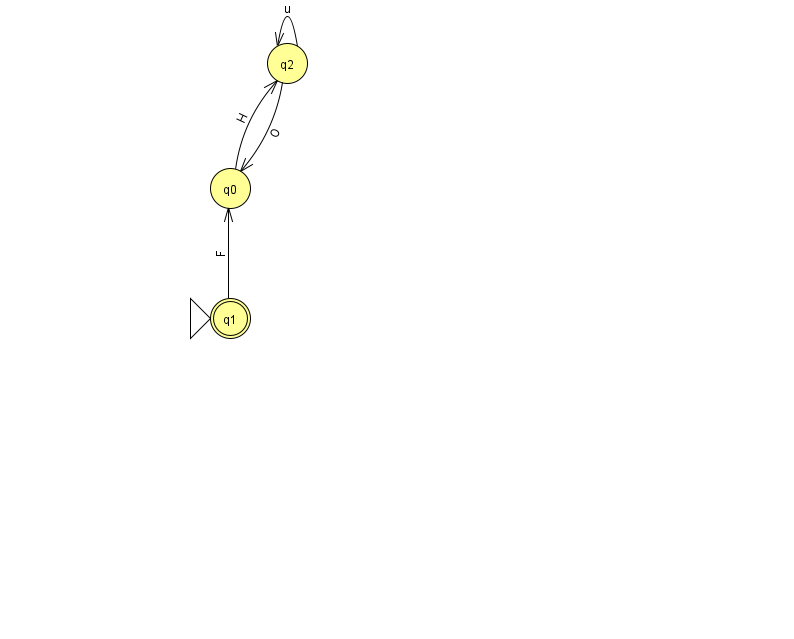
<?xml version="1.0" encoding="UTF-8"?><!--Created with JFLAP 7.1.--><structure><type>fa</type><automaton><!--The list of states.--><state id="0" name="q0"><x>230.0</x><y>175.0</y></state><state id="1" name="q1"><x>230.0</x><y>305.0</y><initial/><final/></state><state id="2" name="q2"><x>287.0</x><y>50.0</y></state><!--The list of transitions.--><transition><from>2</from><to>2</to><read>u</read></transition><transition><from>2</from><to>0</to><read>O</read></transition><transition><from>1</from><to>0</to><read>F</read></transition><transition><from>0</from><to>2</to><read>H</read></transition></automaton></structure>